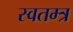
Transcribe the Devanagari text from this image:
स्वतम्त्र